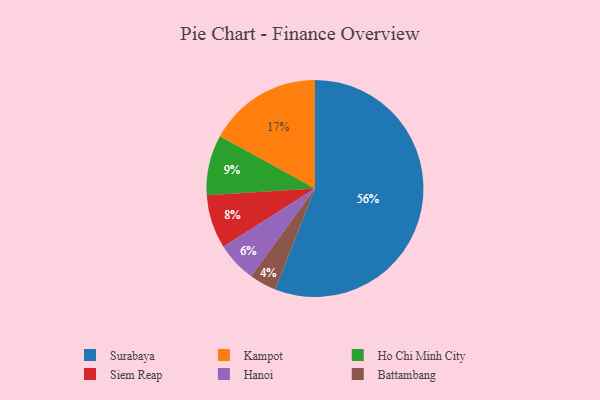
{"axis": {"x": "Category", "y": "Percentage"}, "legend": ["Battambang", "Hanoi", "Ho Chi Minh City", "Kampot", "Siem Reap", "Surabaya"], "data": [{"x": "Siem Reap", "y": 8, "type": "Siem Reap"}, {"x": "Surabaya", "y": 56, "type": "Surabaya"}, {"x": "Hanoi", "y": 6, "type": "Hanoi"}, {"x": "Ho Chi Minh City", "y": 9, "type": "Ho Chi Minh City"}, {"x": "Kampot", "y": 17, "type": "Kampot"}, {"x": "Battambang", "y": 4, "type": "Battambang"}]}